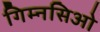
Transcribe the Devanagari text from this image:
गिम्नसिओ